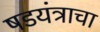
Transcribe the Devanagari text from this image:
षडयंत्राचा